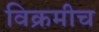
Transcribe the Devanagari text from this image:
विक्रमीच